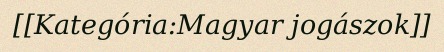
[[Kategória:Magyar jogászok]]